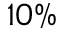
1 0 \%